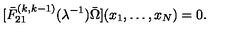
[ \bar { F } _ { 2 1 } ^ { ( k , k - 1 ) } ( \lambda ^ { - 1 } ) \bar { \Omega } ] ( x _ { 1 } , \ldots , x _ { N } ) = 0 .